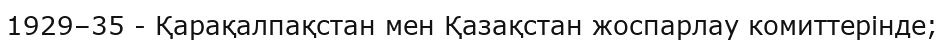
1929–35 - Қарақалпақстан мен Қазақстан жоспарлау комиттерінде;